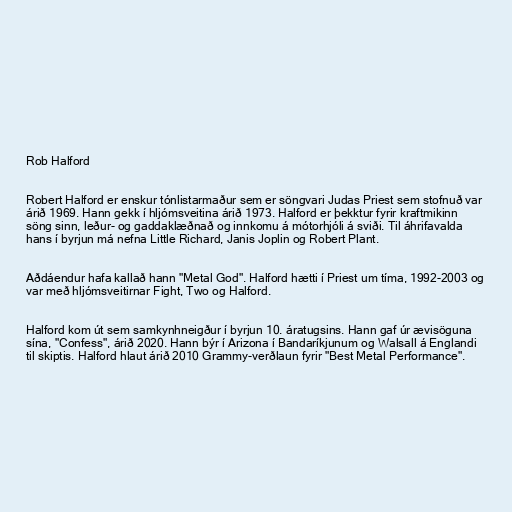
Rob Halford

Robert Halford er enskur tónlistarmaður sem er söngvari Judas Priest sem stofnuð var
árið 1969. Hann gekk í hljómsveitina árið 1973. Halford er þekktur fyrir kraftmikinn
söng sinn, leður- og gaddaklæðnað og innkomu á mótorhjóli á sviði. Til áhrifavalda
hans í byrjun má nefna Little Richard, Janis Joplin og Robert Plant.

Aðdáendur hafa kallað hann "Metal God". Halford hætti í Priest um tíma, 1992-2003 og
var með hljómsveitirnar Fight, Two og Halford.

Halford kom út sem samkynhneigður í byrjun 10. áratugsins. Hann gaf úr ævisöguna
sína, "Confess", árið 2020. Hann býr í Arizona í Bandaríkjunum og Walsall á Englandi
til skiptis. Halford hlaut árið 2010 Grammy-verðlaun fyrir "Best Metal Performance".